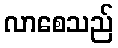
လာစေသည်